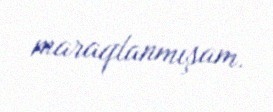
maraqlanmışam.